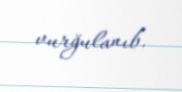
vurğulanıb.